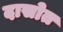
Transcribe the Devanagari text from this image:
दासोत